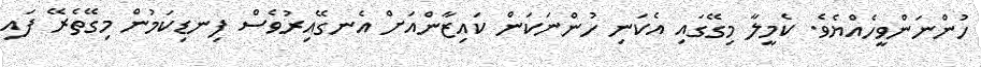
ހުންނަންވީހެއްޔެވެ. ކެމީލާ މިގޭގައި އެކަނި ހުންނަކަން ކައިޒާންއަށް އެނގޭއިރުވެސް ފިނޑިކަމުން މިގޭތެރޭ ފައި